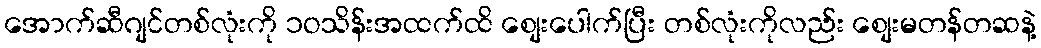
အောက်ဆီဂျင်တစ်လုံးကို ၁ဝသိန်းအထက်ထိ စျေးပေါက်ပြီး တစ်လုံးကိုလည်း စျေးမတန်တဆနဲ့